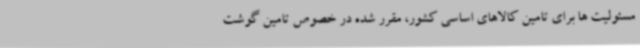
مسئولیت ها برای تامین کالاهای اساسی کشور، مقرر شده در خصوص تامین گوشت